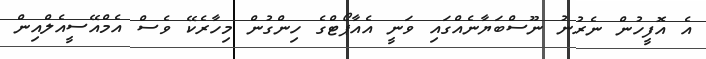
އެ އޮފީހުން ނެރުނު ނޫސްބަޔާނެއްގައި ވަނީ އެއާޕޯޓްގެ ހިންގުން މިހާރެކޭ ވެސް އެމްއޭސީއެލްއިން